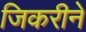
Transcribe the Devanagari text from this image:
जिकरीने